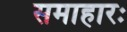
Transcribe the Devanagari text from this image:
समाहारः